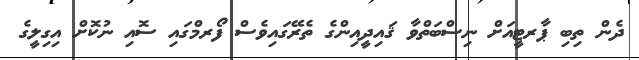
ދެން ތިބި ޕާރޓީއަށް ނިސްބަތްވާ ޤައިދީއިންގެ ތެރޭގައިވެސް ފޯރމްގައި ސޮއި ނުކޮށް އިގިލީގެ